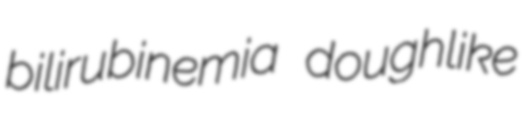
bilirubinemia doughlike